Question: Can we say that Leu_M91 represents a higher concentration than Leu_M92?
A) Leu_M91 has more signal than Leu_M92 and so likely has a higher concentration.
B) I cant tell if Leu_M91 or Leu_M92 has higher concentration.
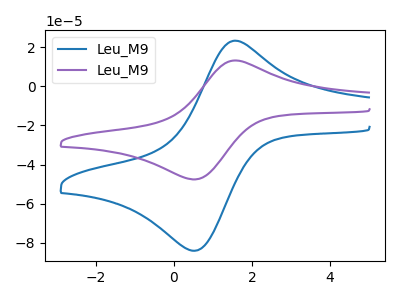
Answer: <think>The blue curve "Leu_M91" has an anodic peak at (1.60V, 23.30uA) and a cathodic peak at (0.45V, -83.95uA). The purple curve "Leu_M92" has an anodic peak at (1.60V, 13.20uA) and a cathodic peak at (0.45V, -47.55uA).
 All the peaks in "Leu_M91" have a peak in "Leu_M92" at the same potential. Every peak in "Leu_M91" is higher than every peak in "Leu_M92".</think>
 <answer>A) "Leu_M91" has more signal than "Leu_M92" and so likely has a higher concentration.</answer>
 <eval>A</eval>